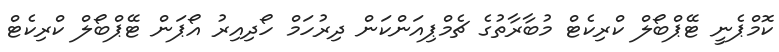
ކޮމްޕެނީ ޓޭޕްބޯލް ކްރިކެޓް މުބާރާތުގެ ޗެމްޕިއަންކަން ދިރުހަމް ހޯދިއިރު އޯޕަން ޓޭޕްބޯލް ކްރިކެޓް